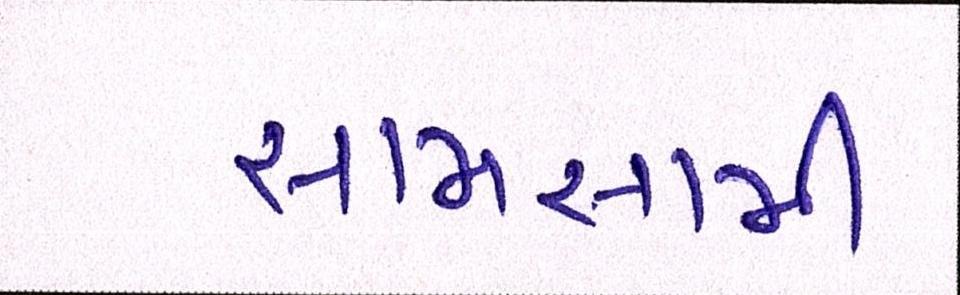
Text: સામસામી